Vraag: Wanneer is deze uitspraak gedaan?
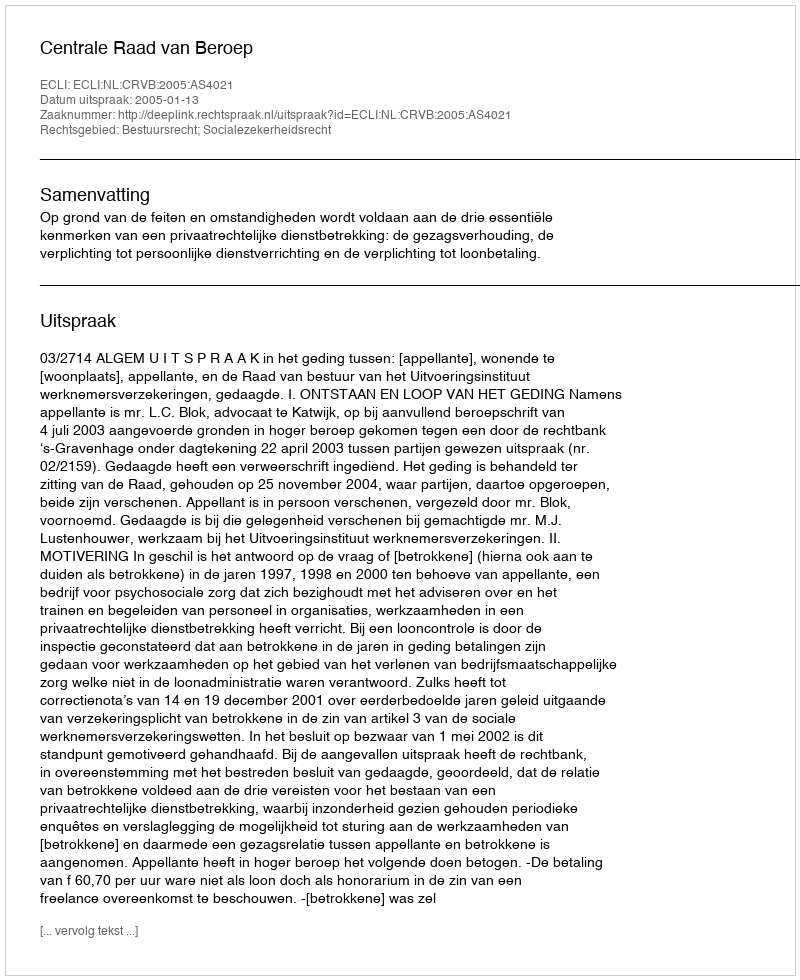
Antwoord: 2005-01-13